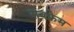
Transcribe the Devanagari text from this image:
सबफ्रेम